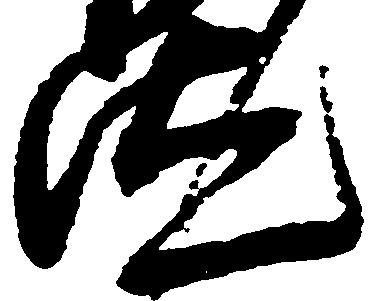
汰